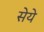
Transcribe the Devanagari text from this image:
सेये